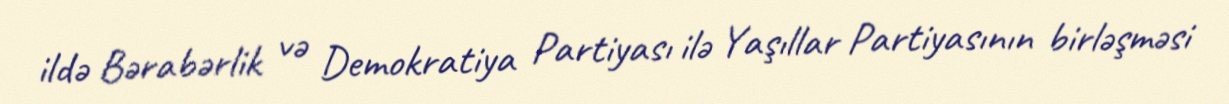
ildə Bərabərlik və Demokratiya Partiyası ilə Yaşıllar Partiyasının birləşməsi